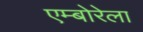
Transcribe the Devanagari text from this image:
एम्बोरेला